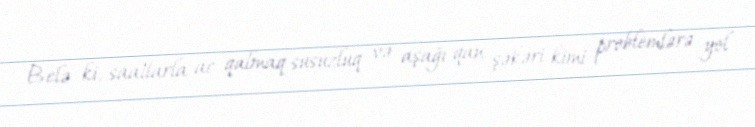
Belə ki, saatlarla ac qalmaq susuzluq və aşağı qan şəkəri kimi problemlərə yol